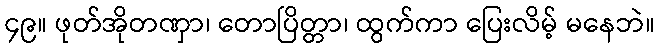
၄၉။ ဖုတ်အိုတဏှာ၊ တောပြိတ္တာ၊ ထွက်ကာ ပြေးလိမ့် မနေဘဲ။